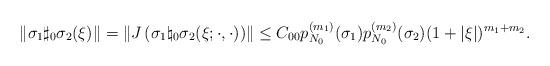
LaTeX: \begin{align*} \left \|\sigma_1\sharp_0 \sigma_2(\xi)\right\| = \left\| J\left( \sigma_1\natural_0\sigma_2(\xi;\cdot,\cdot)\right)\right\| \leq C_{00} p_{N_0}^{(m_1)}(\sigma_1)p_{N_0}^{(m_2)}(\sigma_2)(1+|\xi|)^{m_1+m_2}. \end{align*}